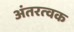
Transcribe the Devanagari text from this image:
अंतरत्‍वक